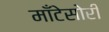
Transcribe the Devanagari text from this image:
माँटेसोरी